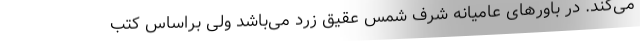
می‌کند. در باورهای عامیانه شرف شمس عقیق زرد می‌باشد ولی براساس کتب